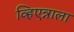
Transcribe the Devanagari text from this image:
व्हिएन्नाला